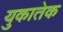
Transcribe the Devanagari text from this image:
युकातेक